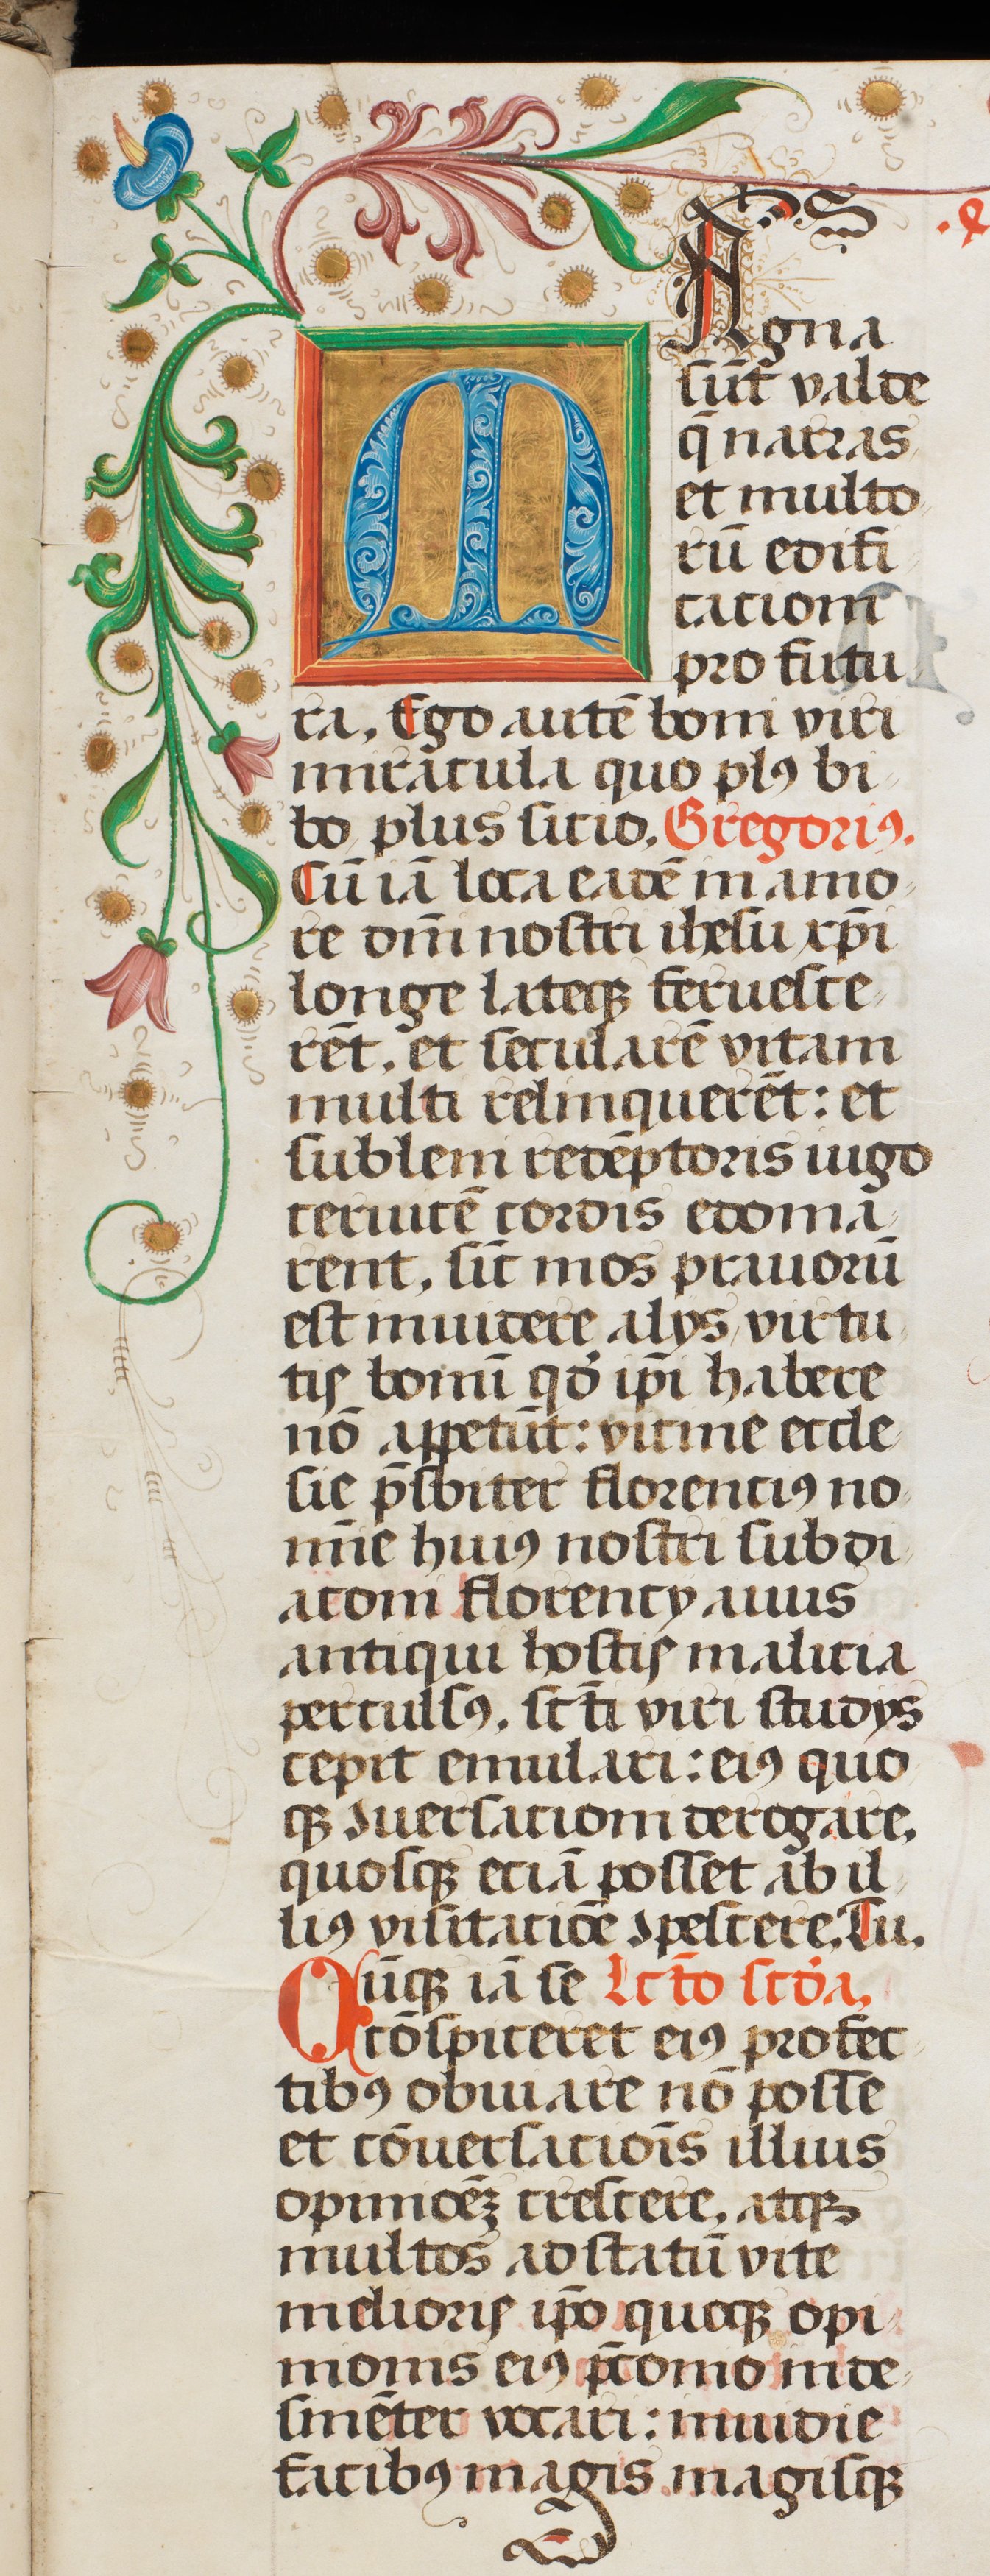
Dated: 1507–1517